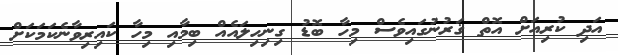
އަދި ކުރިއަށް އޮތް ޤަރުނުގައިވެސް މިހާ ބޮޑު ގިނިހިލައެއް ބިމާއި މިހާ ކައިރިވާނެކަމަކަށް